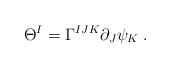
\begin{align*}\Theta^I = \Gamma^{IJK} \partial_J \psi_K \; .\end{align*}